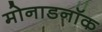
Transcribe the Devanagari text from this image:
मोनाडनॉक